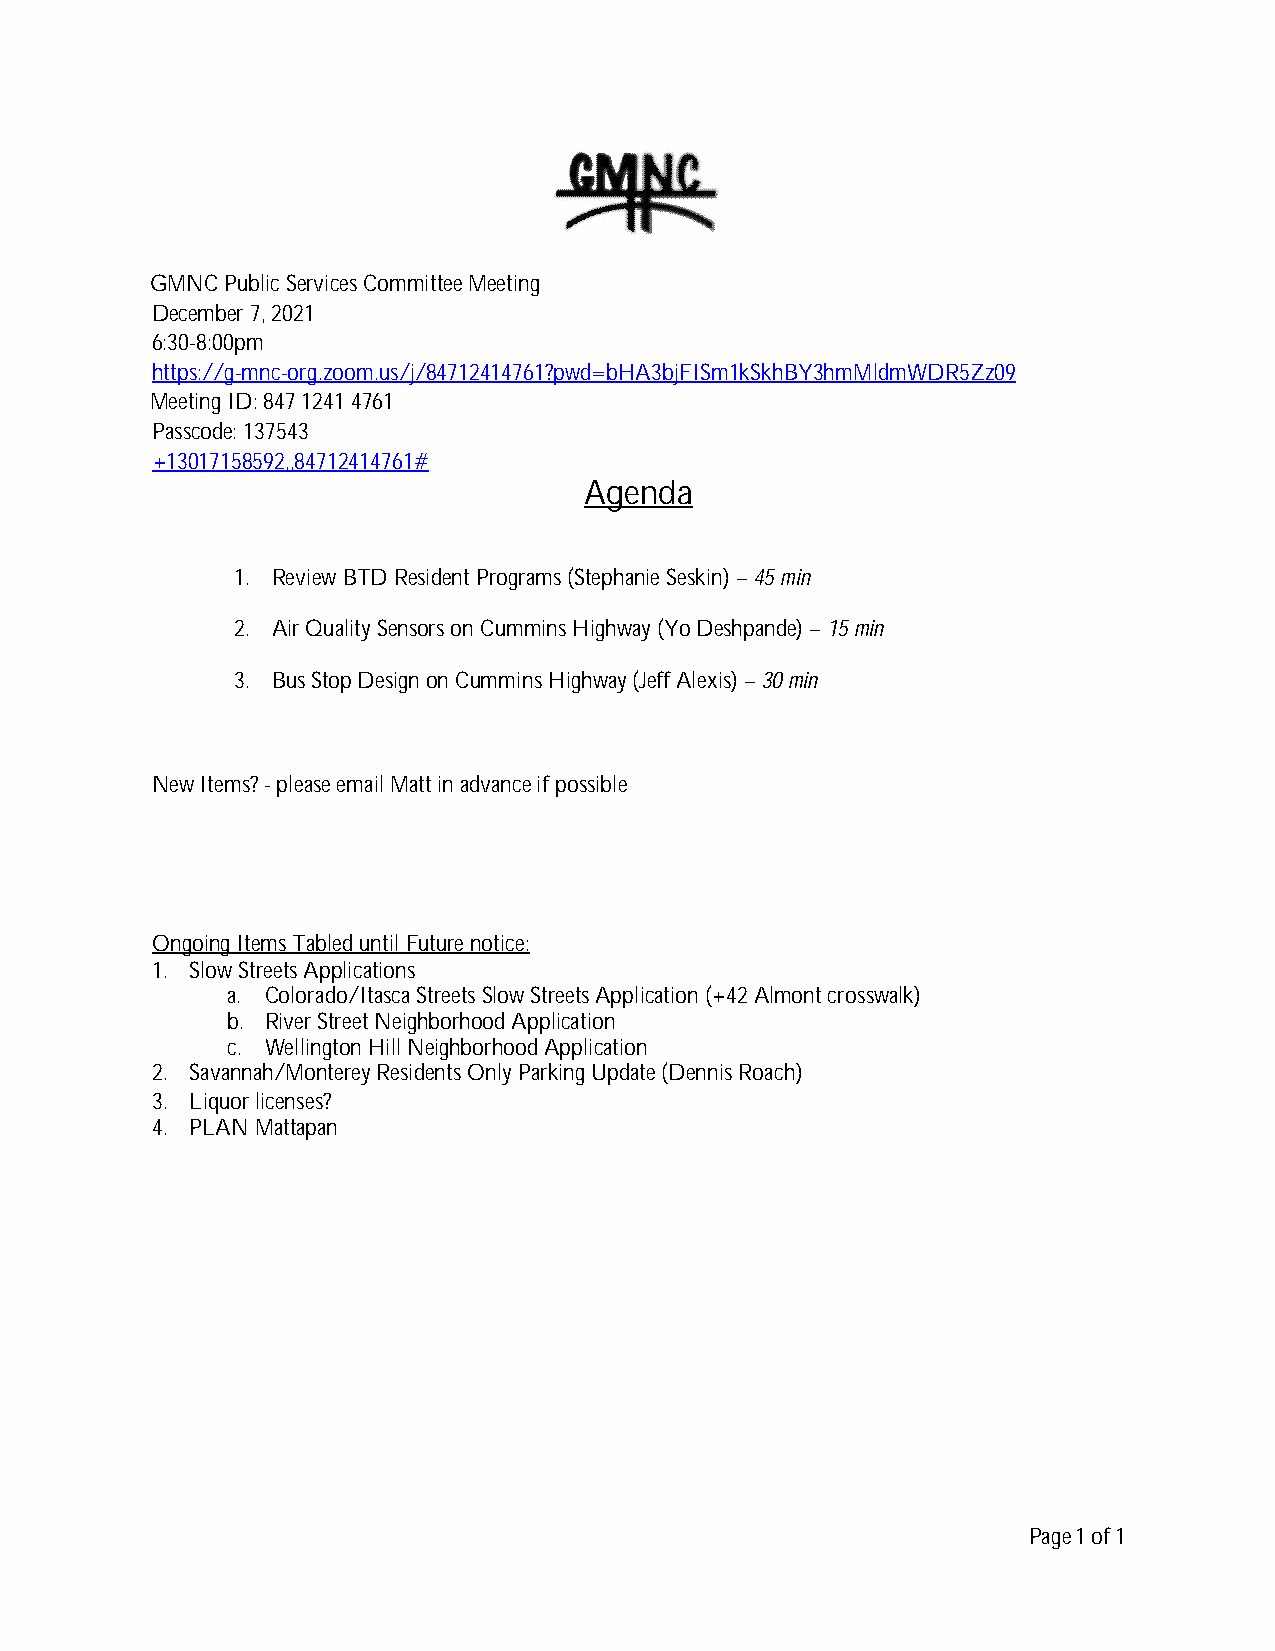
GMNC Public Services Committee Meeting
 December 7, 2021
 6:30-8:00pm
 https://g-mnc-org.zoom.us/j/84712414761?pwd=bHA3bjFISm1kSkhBY3hmMldmWDR5Zz09
 Meeting ID: 847 1241 4761
 Passcode: 137543
 +13017158592,,84712414761#
 Agenda
 1. Review BTD Resident Programs (Stephanie Seskin) –45 min
 2. Air Quality Sensors on Cummins Highway (Yo Deshpande) –15 min
 3. Bus Stop Design on Cummins Highway (Jeff Alexis) –30 min
 New Items? - please email Matt in advance if possible
 Ongoing Items Tabled until Future notice:
 1. Slow Streets Applications
 a. Colorado/Itasca Streets Slow Streets Application (+42 Almont crosswalk)
 b. River Street Neighborhood Application
 c. Wellington Hill Neighborhood Application
 2. Savannah/Monterey Residents Only Parking Update (Dennis Roach)
 3. Liquor licenses?
 4. PLAN Mattapan
 Page1 of1